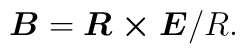
\mbox{\boldmath $B$} = \mbox{\boldmath $R\times E$}/R.